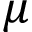
\mu